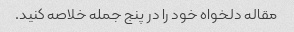
مقاله دلخواه خود را در پنج جمله خلاصه کنید.